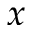
x